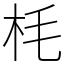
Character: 枆